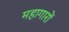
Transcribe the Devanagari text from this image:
महागारों